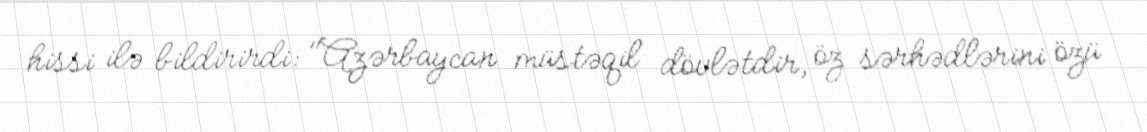
hissi ilə bildirirdi: "Azərbaycan müstəqil dövlətdir, öz sərhədlərini özü